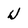
Character: u